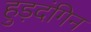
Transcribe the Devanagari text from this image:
हुड़दंगिन